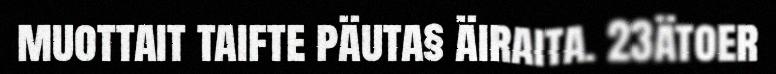
muottait taifte päuta§ äiraita. 23ätoer